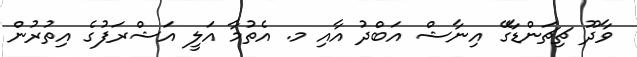
ވާދޫ ޗިޗަންޑާގޭ އިނާޝް އަބްދު އާއި މ. އެތުމާ އަލީ އަޝްރަފުގެ އިތުރުން